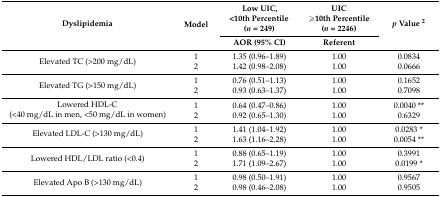
<table><thead><tr><td rowspan="2"><b>Dyslipidemia</b></td><td rowspan="2"><b>Model</b></td><td><b>Low UIC, &lt;10th Percentile (<i>n</i> = 249)</b></td><td><b>UIC ≥10th Percentile (<i>n</i> = 2246)</b></td><td rowspan="2"><b><i>p</i> Value <sup>2</sup></b></td></tr><tr><td><b>AOR (95% CI)</b></td><td><b>Referent</b></td></tr></thead><tbody><tr><td rowspan="2">Elevated TC (&gt;200 mg/dL)</td><td>1</td><td>1.35 (0.96–1.89)</td><td>1.00</td><td>0.0834</td></tr><tr><td>2</td><td>1.42 (0.98–2.08)</td><td>1.00</td><td>0.0666</td></tr><tr><td rowspan="2">Elevated TG (&gt;150 mg/dL)</td><td>1</td><td>0.76 (0.51–1.13)</td><td>1.00</td><td>0.1652</td></tr><tr><td>2</td><td>0.93 (0.63–1.37)</td><td>1.00</td><td>0.7098</td></tr><tr><td rowspan="2">Lowered HDL-C (&lt;40 mg/dL in men, &lt;50 mg/dL in women)</td><td>1</td><td>0.64 (0.47–0.86)</td><td>1.00</td><td>0.0040 **</td></tr><tr><td>2</td><td>0.92 (0.65–1.30)</td><td>1.00</td><td>0.6329</td></tr><tr><td rowspan="2">Elevated LDL-C (&gt;130 mg/dL)</td><td>1</td><td>1.41 (1.04–1.92)</td><td>1.00</td><td>0.0283 *</td></tr><tr><td>2</td><td>1.63 (1.16–2.28)</td><td>1.00</td><td>0.0054 **</td></tr><tr><td rowspan="2">Lowered HDL/LDL ratio (&lt;0.4)</td><td>1</td><td>0.88 (0.65–1.19)</td><td>1.00</td><td>0.3991</td></tr><tr><td>2</td><td>1.71 (1.09–2.67)</td><td>1.00</td><td>0.0199 *</td></tr><tr><td rowspan="2">Elevated Apo B (&gt;130 mg/dL)</td><td>1</td><td>0.98 (0.50–1.91)</td><td>1.00</td><td>0.9567</td></tr><tr><td>2</td><td>0.98 (0.46–2.08)</td><td>1.00</td><td>0.9505</td></tr></tbody></table>